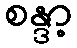
စန္ဒာ့